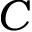
C